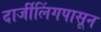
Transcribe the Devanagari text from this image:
दार्जीलिंगपासून